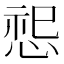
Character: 𪬂